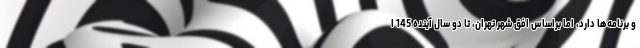
و برنامه‌ها دارد، اما براساس افق شهر تهران، تا دو سال آینده 145 ا